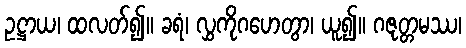
ဥဋ္ဌာယ၊ ထလတ်၍။ ခရံ၊ လွှကိုဂဟေတွာ၊ ယူ၍။ ဂဇုတ္တမဿ၊